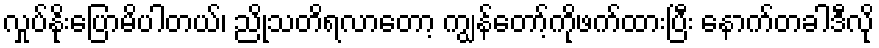
လှုပ်နိုးပြောမိပါတယ်၊ ညိုသတိရလာတော့ ကျွန်တော့်ကိုဖက်ထားပြီး နောက်တခါဒီလို